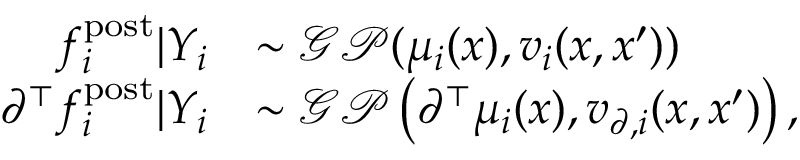
\begin{array} { r l } { f _ { i } ^ { \mathrm { p o s t } } | Y _ { i } } & { \sim \mathcal { G P } ( \mu _ { i } ( x ) , v _ { i } ( x , x ^ { \prime } ) ) } \\ { \partial ^ { \top } f _ { i } ^ { \mathrm { p o s t } } | Y _ { i } } & { \sim \mathcal { G P } \left( \partial ^ { \top } \mu _ { i } ( x ) , v _ { \partial , i } ( x , x ^ { \prime } ) \right) , } \end{array}